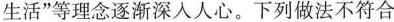
生活”等理念逐渐深入人心。下列做法不符合